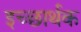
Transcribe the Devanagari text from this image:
इच्छार्थक